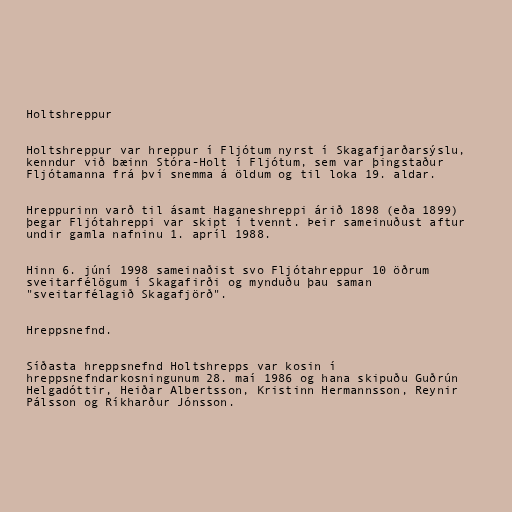
Holtshreppur

Holtshreppur var hreppur í Fljótum nyrst í Skagafjarðarsýslu,
kenndur við bæinn Stóra-Holt í Fljótum, sem var þingstaður
Fljótamanna frá því snemma á öldum og til loka 19. aldar.

Hreppurinn varð til ásamt Haganeshreppi árið 1898 (eða 1899)
þegar Fljótahreppi var skipt í tvennt. Þeir sameinuðust aftur
undir gamla nafninu 1. apríl 1988.

Hinn 6. júní 1998 sameinaðist svo Fljótahreppur 10 öðrum
sveitarfélögum í Skagafirði og mynduðu þau saman
"sveitarfélagið Skagafjörð".

Hreppsnefnd.

Síðasta hreppsnefnd Holtshrepps var kosin í
hreppsnefndarkosningunum 28. maí 1986 og hana skipuðu Guðrún
Helgadóttir, Heiðar Albertsson, Kristinn Hermannsson, Reynir
Pálsson og Ríkharður Jónsson.